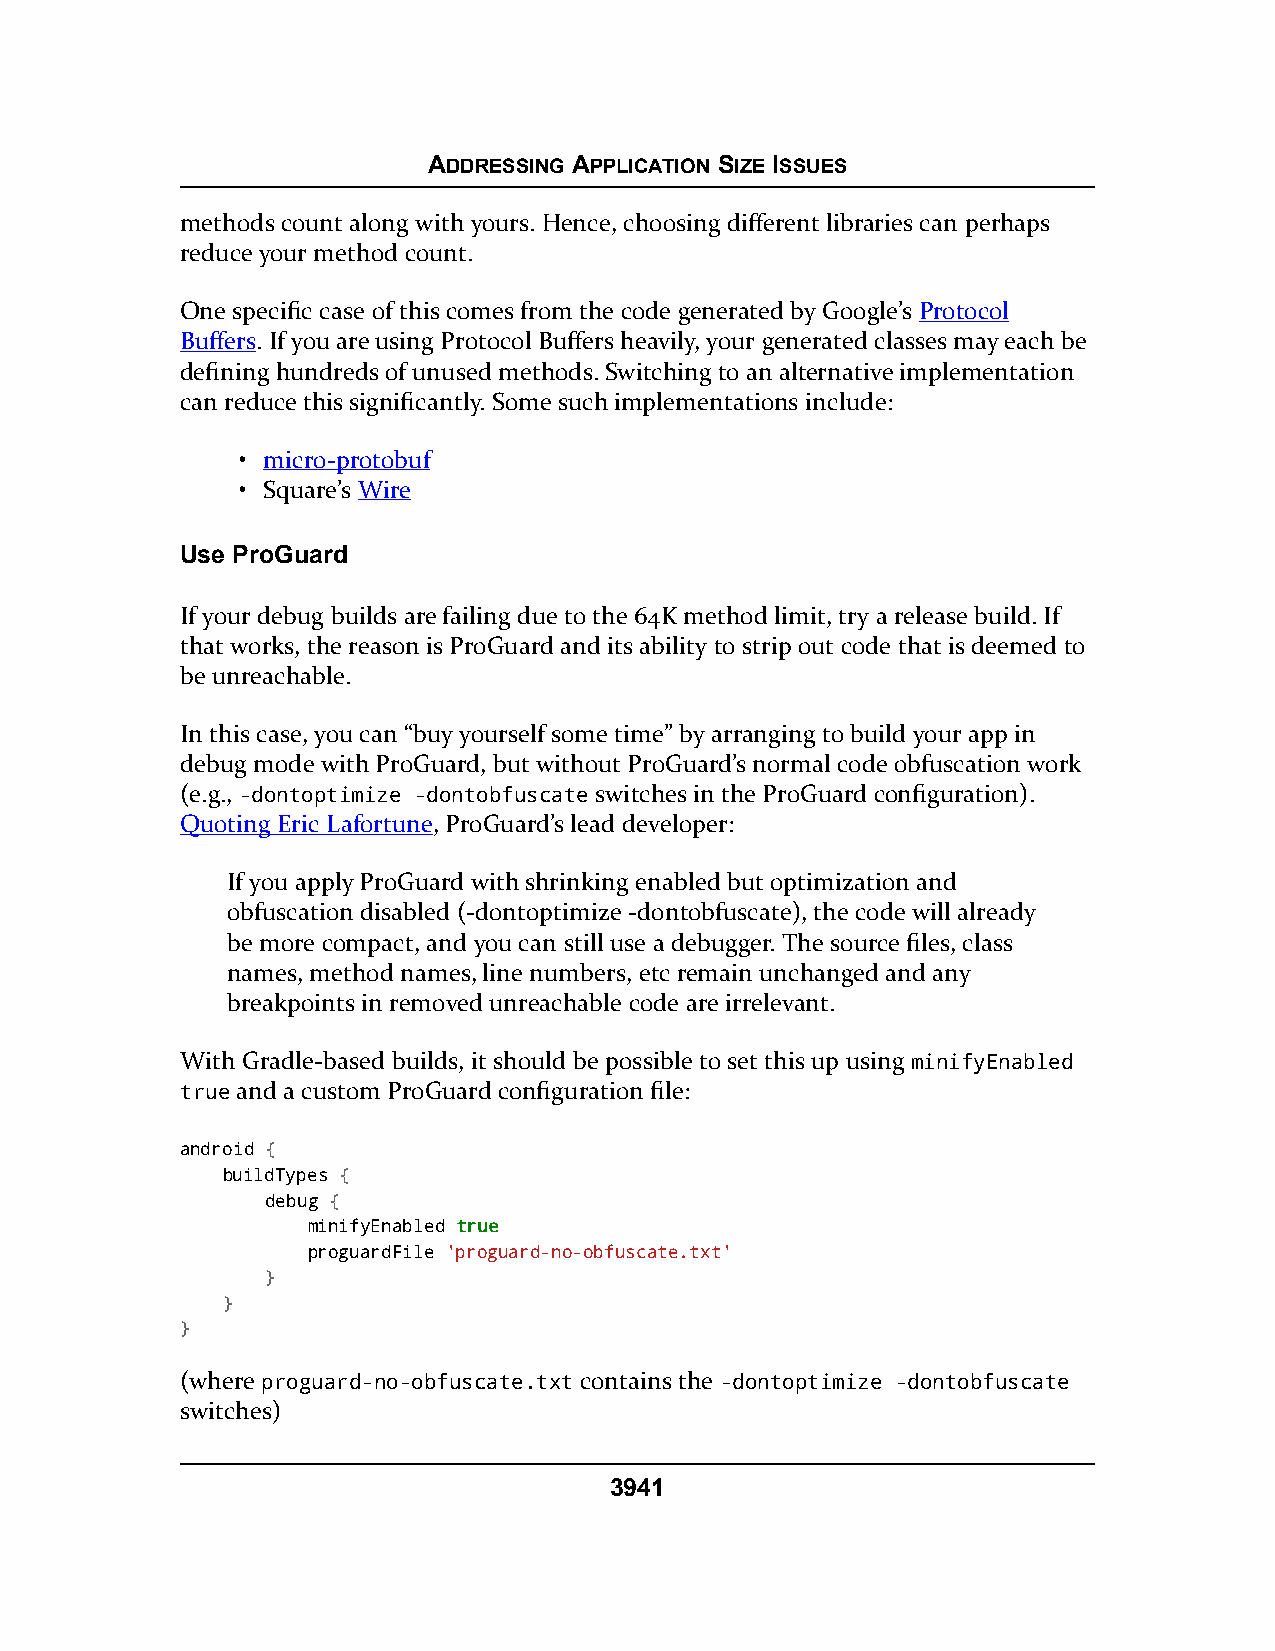
ADDRESSING APPLICATION SIZE ISSUES
 methods count along with yours. Hence, choosing different libraries can perhaps
 reduce your method count.
 One specific case of this comes from the code generated by Google’s Protocol
 Buffers. If you are using Protocol Buffers heavily, your generated classes may each be
 defining hundreds of unused methods. Switching to an alternative implementation
 can reduce this significantly. Some such implementations include:
 • micro-protobuf
 • Square’s Wire
 Use ProGuard
 If your debug builds are failing due to the 64K method limit, try a release build. If
 that works, the reason is ProGuard and its ability to strip out code that is deemed to
 be unreachable.
 In this case, you can “buy yourself some time” by arranging to build your app in
 debug mode with ProGuard, but without ProGuard’s normal code obfuscation work
 (e.g., -dontoptimize -dontobfuscate switches in the ProGuard configuration).
 Quoting Eric Lafortune, ProGuard’s lead developer:
 If you apply ProGuard with shrinking enabled but optimization and
 obfuscation disabled (-dontoptimize -dontobfuscate), the code will already
 be more compact, and you can still use a debugger. The source files, class
 names, method names, line numbers, etc remain unchanged and any
 breakpoints in removed unreachable code are irrelevant.
 With Gradle-based builds, it should be possible to set this up using minifyEnabled
 true and a custom ProGuard configuration file:
 android {
 buildTypes {
 debug {
 minifyEnabled ttrruuee
 proguardFile 'proguard-no-obfuscate.txt'
 }
 }
 }
 (where proguard-no-obfuscate.txt contains the -dontoptimize -dontobfuscate
 switches)
 3941